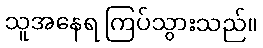
သူအနေရ ကြပ်သွားသည်။